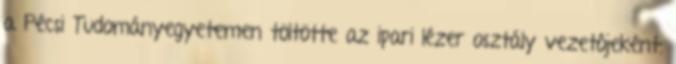
a Pécsi Tudományegyetemen töltötte az ipari lézer osztály vezetôjeként.